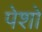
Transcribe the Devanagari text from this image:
पेशो